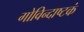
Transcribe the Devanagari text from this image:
गोविन्दाष्टकं